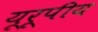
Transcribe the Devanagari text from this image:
यूरूपीय